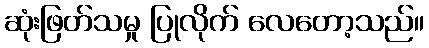
ဆုံးဖြတ်သမှု ပြုလိုက် လေတော့သည်။